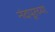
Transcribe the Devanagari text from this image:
नंदपूरच्या